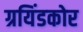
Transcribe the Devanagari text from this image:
ग्रयिंडकोर